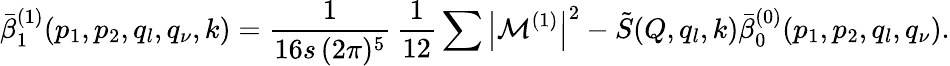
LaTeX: \bar{\beta}_{1}^{(1)}(p_{1},p_{2},q_{l},q_{\nu},k)=\frac{1}{16s\, (2\pi)^{5}}\, \frac{1}{12}\sum\left|{\cal M}^{(1)}\right|^{2}-\tilde{S}(Q,q_{l},k)\bar{\beta}_{0}^{(0)}(p_{1},p_{2},q_{l},q_{\nu}).